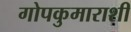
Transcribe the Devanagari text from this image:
गोपकुमाराशी